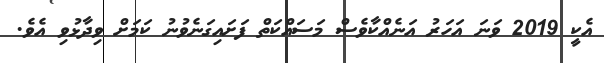
އެކީ 2019 ވަނަ އަހަރު އަނެއްކާވެސް މަސައްކަތް ފަށައިގަނެވުނު ކަމަށް ވިދާޅުވި އެވެ.